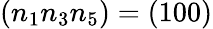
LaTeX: (n_{1}n_{3}n_{5})=(100)